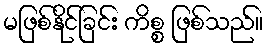
မဖြစ်နိုင်ခြင်း ကိစ္စ ဖြစ်သည်။